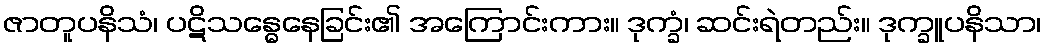
ဇာတူပနိသံ၊ ပဋိသန္ဓေနေခြင်း၏ အကြောင်းကား။ ဒုက္ခံ၊ ဆင်းရဲတည်း။ ဒုက္ခူပနိသာ၊